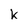
Character: k